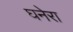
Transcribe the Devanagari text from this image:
घनेरा